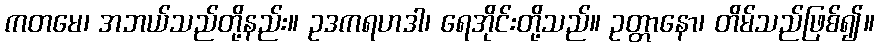
ကတမေ၊ အဘယ်သည်တို့နည်း။ ဥဒကရဟဒါ၊ ရေအိုင်းတို့သည်။ ဥတ္တာနော၊ တိမ်သည်ဖြစ်၍။